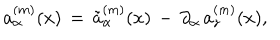
a _ { \alpha } ^ { ( m ) } ( x ) \, = \, \tilde { a } _ { \alpha } ^ { ( m ) } ( x ) \, - \, \partial _ { \alpha } \, a _ { z } ^ { ( m ) } ( x ) ,